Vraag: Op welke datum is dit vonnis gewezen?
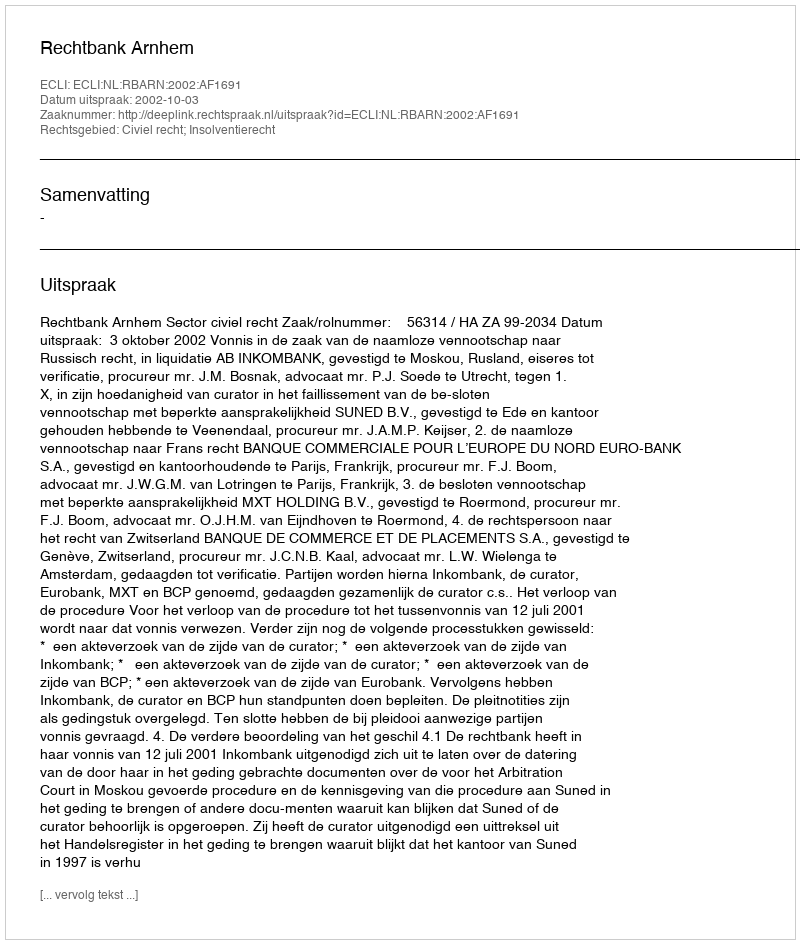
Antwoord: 2002-10-03